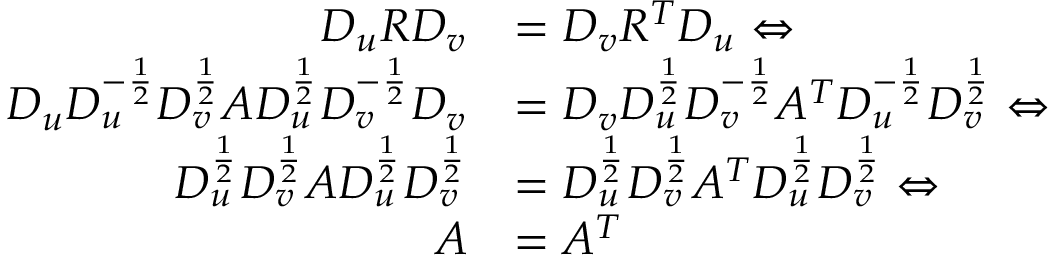
\begin{array} { r l } { D _ { u } R D _ { v } } & { = D _ { v } R ^ { T } D _ { u } \Leftrightarrow } \\ { D _ { u } D _ { u } ^ { - \frac { 1 } { 2 } } D _ { v } ^ { \frac { 1 } { 2 } } A D _ { u } ^ { \frac { 1 } { 2 } } D _ { v } ^ { - \frac { 1 } { 2 } } D _ { v } } & { = D _ { v } D _ { u } ^ { \frac { 1 } { 2 } } D _ { v } ^ { - \frac { 1 } { 2 } } A ^ { T } D _ { u } ^ { - \frac { 1 } { 2 } } D _ { v } ^ { \frac { 1 } { 2 } } \Leftrightarrow } \\ { D _ { u } ^ { \frac { 1 } { 2 } } D _ { v } ^ { \frac { 1 } { 2 } } A D _ { u } ^ { \frac { 1 } { 2 } } D _ { v } ^ { \frac { 1 } { 2 } } } & { = D _ { u } ^ { \frac { 1 } { 2 } } D _ { v } ^ { \frac { 1 } { 2 } } A ^ { T } D _ { u } ^ { \frac { 1 } { 2 } } D _ { v } ^ { \frac { 1 } { 2 } } \Leftrightarrow } \\ { A } & { = A ^ { T } } \end{array}